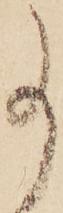
事